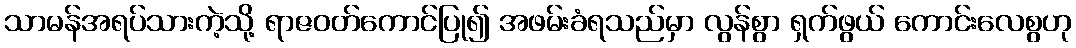
သာမန်အရပ်သားကဲ့သို့ ရာဇဝတ်ကောင်ပြု၍ အဖမ်းခံရသည်မှာ လွန်စွာ ရှက်ဖွယ် ကောင်းလေစွဟု